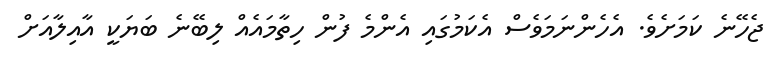
ޖެހޭނެ ކަމަށެވެ. އެހެންނަމަވެސް އެކަމުގައި އެންމެ ފުން ހިތާމައެއް ލިބޭނެ ބަޔަކީ އާއިލާއަށް